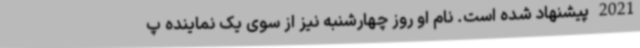
2021 پیشنهاد شده است. نام او روز چهارشنبه نیز از سوی یک نماینده پ